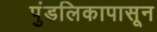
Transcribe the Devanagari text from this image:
पुंडलिकापासून